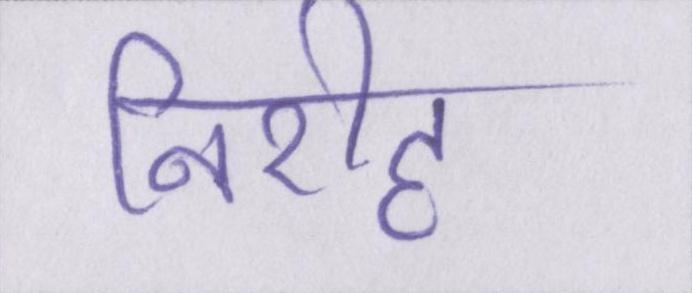
निरीह